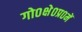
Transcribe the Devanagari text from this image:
गो०क्षे०प्र०में